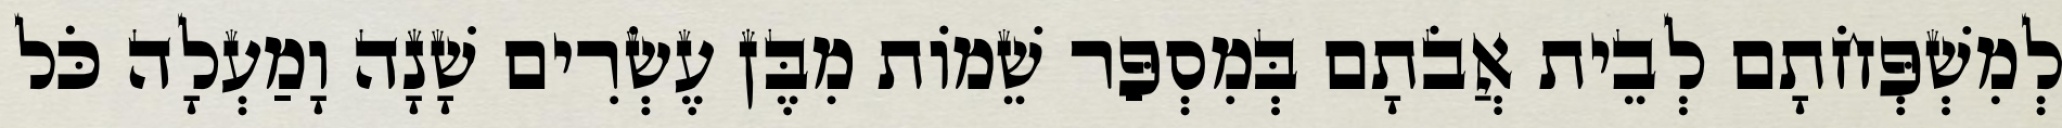
לְמִשְׁפְּחֹתָם לְבֵית אֲבֹתָם בְּמִסְפַּר שֵׁמוֹת מִבֶּן עֶשְׂרִים שָׁנָה וָמַעְלָה כֹּל